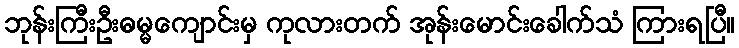
ဘုန်းကြီးဦးဓမ္မကျောင်းမှ ကုလားတက် အုန်းမောင်းခေါက်သံ ကြားရပြီ။